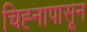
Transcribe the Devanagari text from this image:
चिह्नापासून